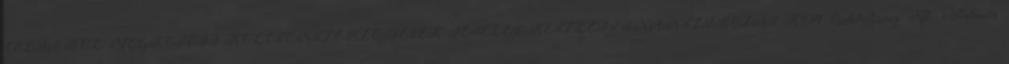
CÉLJÁBÓL MEGKÖTÖTT KÖLCSÖNSZERZŐDÉSEK TÉTELES KÉSZLETFINANSZÍROZÁS K&H Eszközlízing Kft. Általános